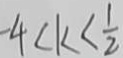
- 4 < k < \frac { 1 } { 2 }